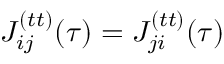
J _ { i j } ^ { ( t t ) } ( \tau ) = J _ { j i } ^ { ( t t ) } ( \tau )